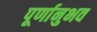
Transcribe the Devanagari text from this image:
पूर्णानुभव